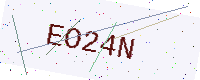
Text: EO24N